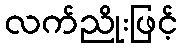
လက်ညိုးဖြင့်